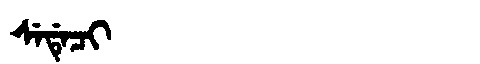
Manchu: ᠰᡝᡩᡝᠴᡳ
Romanization: SEDECI